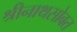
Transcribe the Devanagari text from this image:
श्रीनाथसोबत